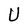
Character: U